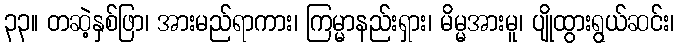
၃၃။ တဆဲ့နှစ်ဖြာ၊ အားမည်ရာကား၊ ကြမ္မာနည်းရှား၊ မိမ္မအားမူ၊ ပျိုထွားရွယ်ဆင်း၊